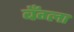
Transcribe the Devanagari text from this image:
बँग्ला